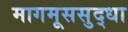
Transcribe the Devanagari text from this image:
मागमूससुद्धा